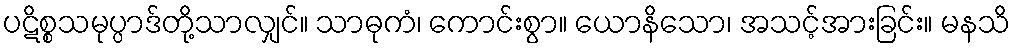
ပဋိစ္စသမုပ္ပာဒ်တို့သာလျှင်။ သာဓုကံ၊ ကောင်းစွာ။ ယောနိသော၊ အသင့်အားခြင်း။ မနသိ